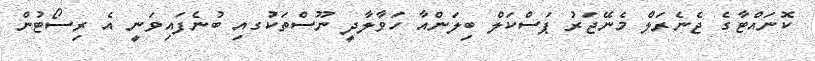
ކޮނައްޓާގެ ޖެނެރަލް މެނޭޖަރު ޕަސްކަލް ބިލަންއާ ހަވާލާދީ ނޫސްތަކުގއި ބުނެފައިވަނީ އެ ރިސޯޓުން